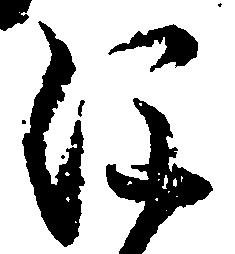
注